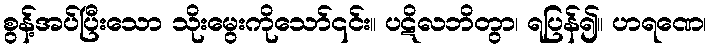
စွန့်အပ်ပြီးသော သိုးမွေးကိုသော်၎င်း။ ပဋိလဘိတွာ၊ ရပြန်၍။ ဟရဏေ၊